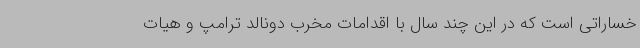
خساراتی است که در این چند سال با اقدامات مخرب دونالد ترامپ و هیات